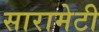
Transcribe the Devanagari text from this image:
सारामेटी